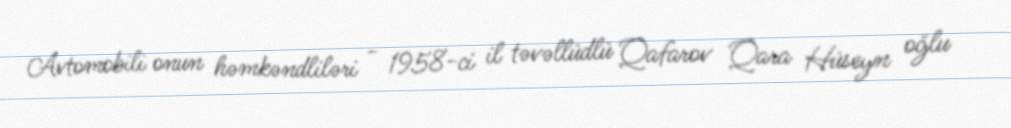
Avtomobili onun həmkəndliləri - 1958-ci il təvəllüdlü Qafarov Qara Hüseyn oğlu